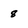
Character: 8